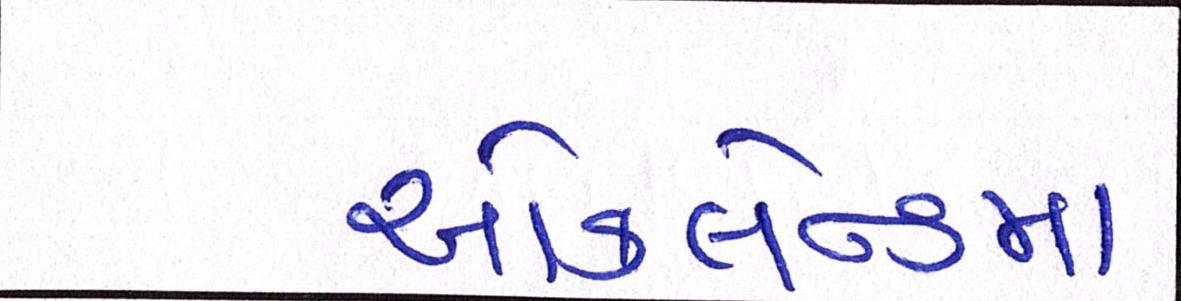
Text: ઑકલેન્ડમાં